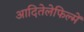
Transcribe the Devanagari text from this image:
आदितेलेफिल्में